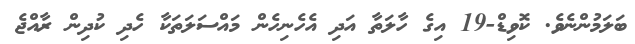
ބަލަމުންނެވެ. ކޮވިޑް-19 އިގެ ހާލަތާ އަދި އެހެނިހެން މައްސަލަތަކާ ހެދި ކުދިން ރާއްޖެ